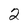
Character: 2